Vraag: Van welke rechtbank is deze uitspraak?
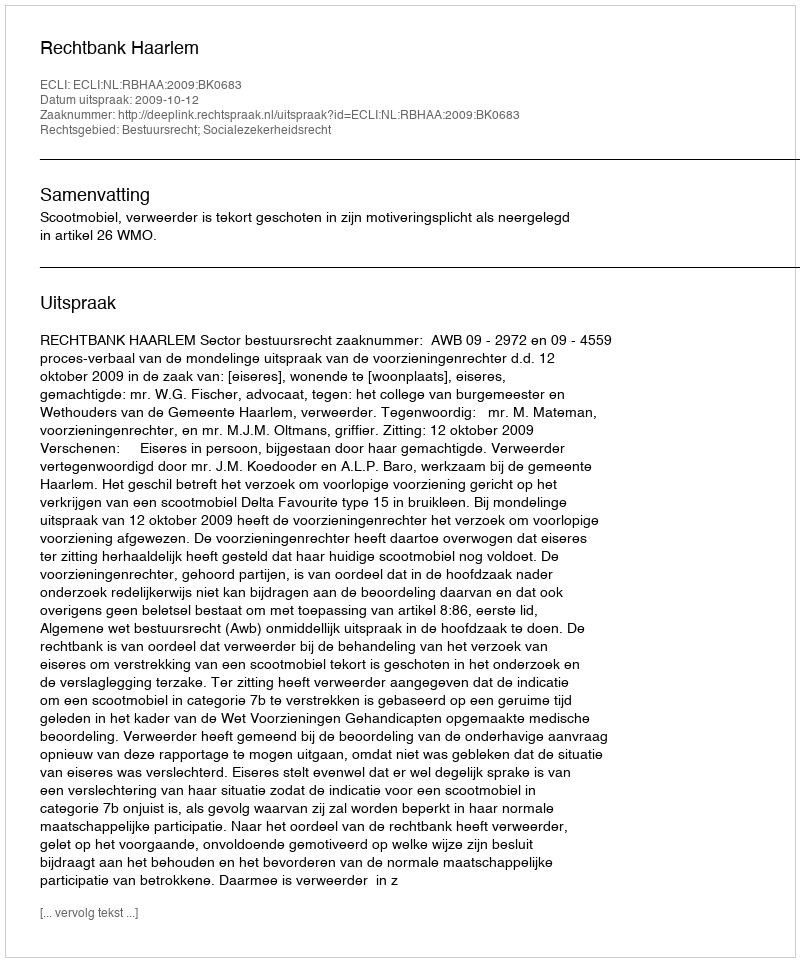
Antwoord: Rechtbank Haarlem